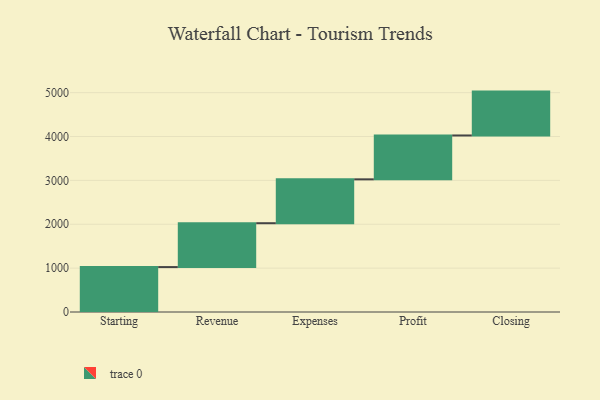
{"axis": {"x": "Step", "y": "Value"}, "legend": [""], "data": [{"x": "Starting", "y": 1024.0, "type": ""}, {"x": "Revenue", "y": 1000, "type": ""}, {"x": "Expenses", "y": 1000, "type": ""}, {"x": "Profit", "y": 1000, "type": ""}, {"x": "Closing", "y": 1000, "type": ""}]}